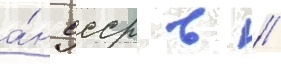
а́н ссср в //